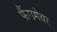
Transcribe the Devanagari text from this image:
फैंगमेयर